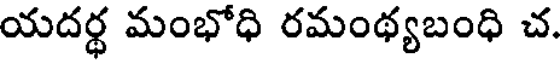
యదర్థ మంభోధి రమంథ్యబంధి చ.